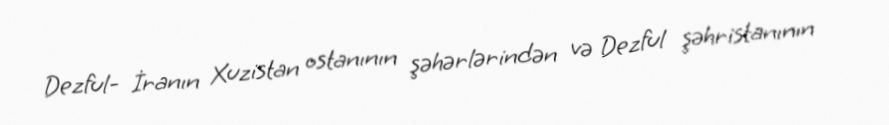
Dezful- İranın Xuzistan ostanının şəhərlərindən və Dezful şəhristanının